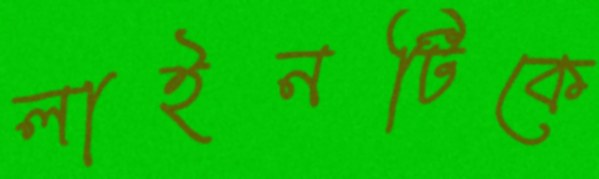
লাইনটিকে